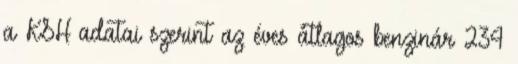
a KSH adatai szerint az éves átlagos benzinár 234